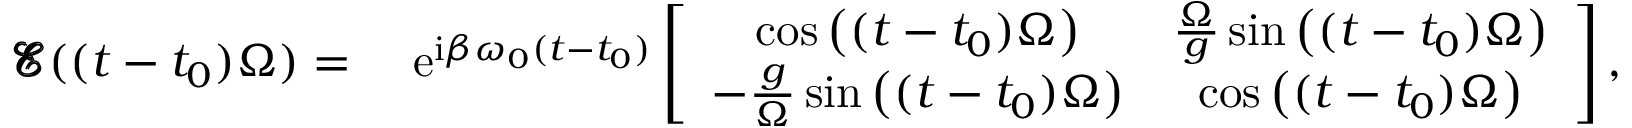
\begin{array} { r l } { \pmb { \mathcal { E } } ( ( t - t _ { 0 } ) \Omega ) = ~ } & { \mathrm { e } ^ { \mathrm { i } \beta \omega _ { 0 } ( t - t _ { 0 } ) } \left[ \begin{array} { c c } { \cos \big ( ( t - t _ { 0 } ) \Omega \big ) } & { \frac { \Omega } { g } \sin \big ( ( t - t _ { 0 } ) \Omega \big ) } \\ { - \frac { g } { \Omega } \sin \big ( ( t - t _ { 0 } ) \Omega \big ) } & { \cos \big ( ( t - t _ { 0 } ) \Omega \big ) } \end{array} \right] , } \end{array}